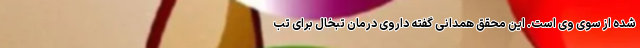
شده از سوی وی است. این محقق همدانی گفته داروی درمان تبخال برای تب